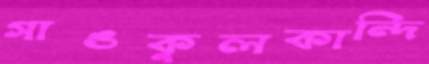
গাঙকুলকান্দি